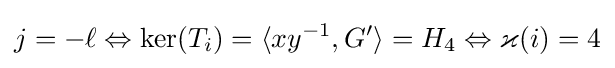
j=-\ell \Leftrightarrow \ker(T_{i})=\langle xy^{-1},G'\rangle =H_{4}\Leftrightarrow \varkappa (i)=4